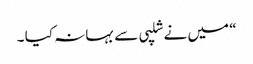
“ میں نے شلپی سے بہانہ کیا ۔